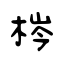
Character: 梣